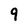
Character: 9